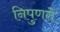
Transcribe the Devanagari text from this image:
निपुणगे